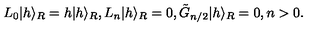
L _ { 0 } \vert h \rangle _ { R } = h \vert h \rangle _ { R } { } , { } { } { } L _ { n } \vert h \rangle _ { R } = 0 { } , { } { } { } \tilde { G } _ { n / 2 } \vert h \rangle _ { R } = 0 { } , { } { } { } n > 0 { } .